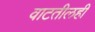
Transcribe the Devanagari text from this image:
वाटतीलही